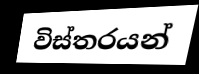
විස්තරයන්